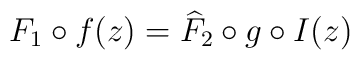
F_1\circ f(z)=\widehat{F}_2\circ g\circ I(z)